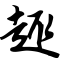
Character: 趣